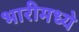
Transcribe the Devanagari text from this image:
भारीमध्ये